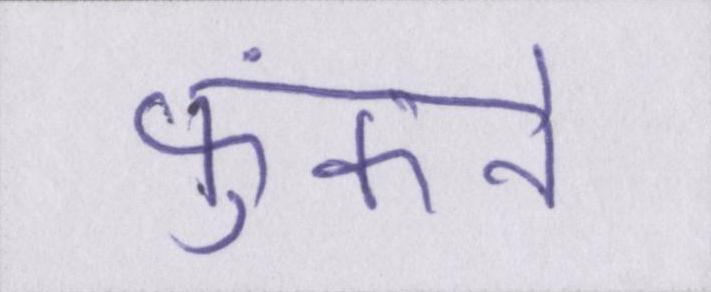
फुंकने